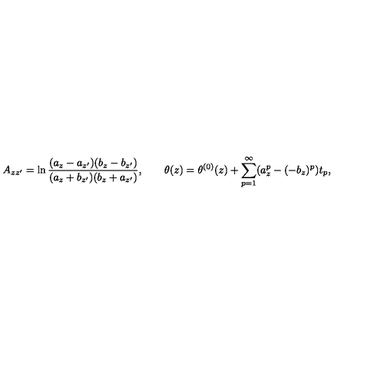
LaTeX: A _ { z z ^ { \prime } } = \ln \frac { ( a _ { z } - a _ { z ^ { \prime } } ) ( b _ { z } - b _ { z ^ { \prime } } ) } { ( a _ { z } + b _ { z ^ { \prime } } ) ( b _ { z } + a _ { z ^ { \prime } } ) } , \qquad \theta ( z ) = \theta ^ { ( 0 ) } ( z ) + \sum _ { p = 1 } ^ { \infty } ( a _ { z } ^ { p } - ( - b _ { z } ) ^ { p } ) t _ { p } ,